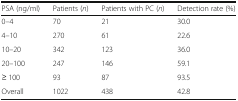
<table><thead><tr><td><b>PSA (ng/ml)</b></td><td><b>Patients (<i>n</i>)</b></td><td><b>Patients with PC (<i>n</i>)</b></td><td><b>Detection rate (%)</b></td></tr></thead><tbody><tr><td>0–4</td><td>70</td><td>21</td><td>30.0</td></tr><tr><td>4–10</td><td>270</td><td>61</td><td>22.6</td></tr><tr><td>10–20</td><td>342</td><td>123</td><td>36.0</td></tr><tr><td>20–100</td><td>247</td><td>146</td><td>59.1</td></tr><tr><td>≥ 100</td><td>93</td><td>87</td><td>93.5</td></tr><tr><td>Overall</td><td>1022</td><td>438</td><td>42.8</td></tr></tbody></table>